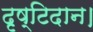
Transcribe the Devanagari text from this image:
दृष्टिदान।